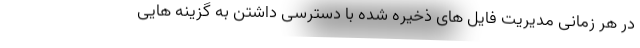
در هر زمانی مدیریت فایل های ذخیره شده با دسترسی داشتن به گزینه هایی